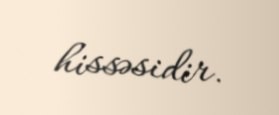
hissəsidir.